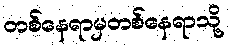
တစ်နေရာမှတစ်နေရာသို့